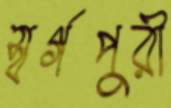
স্বর্গপুরী